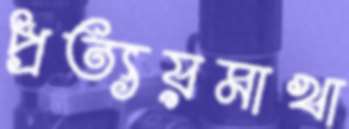
প্রত্যয়মাখা